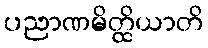
ပညာဏမိတ္ထိယာတိ